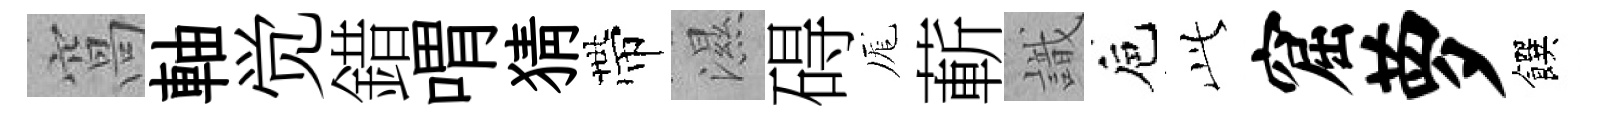
窩軸觉錯喟猜帶濕碍厖蔪識巵𬼘窟萝饌